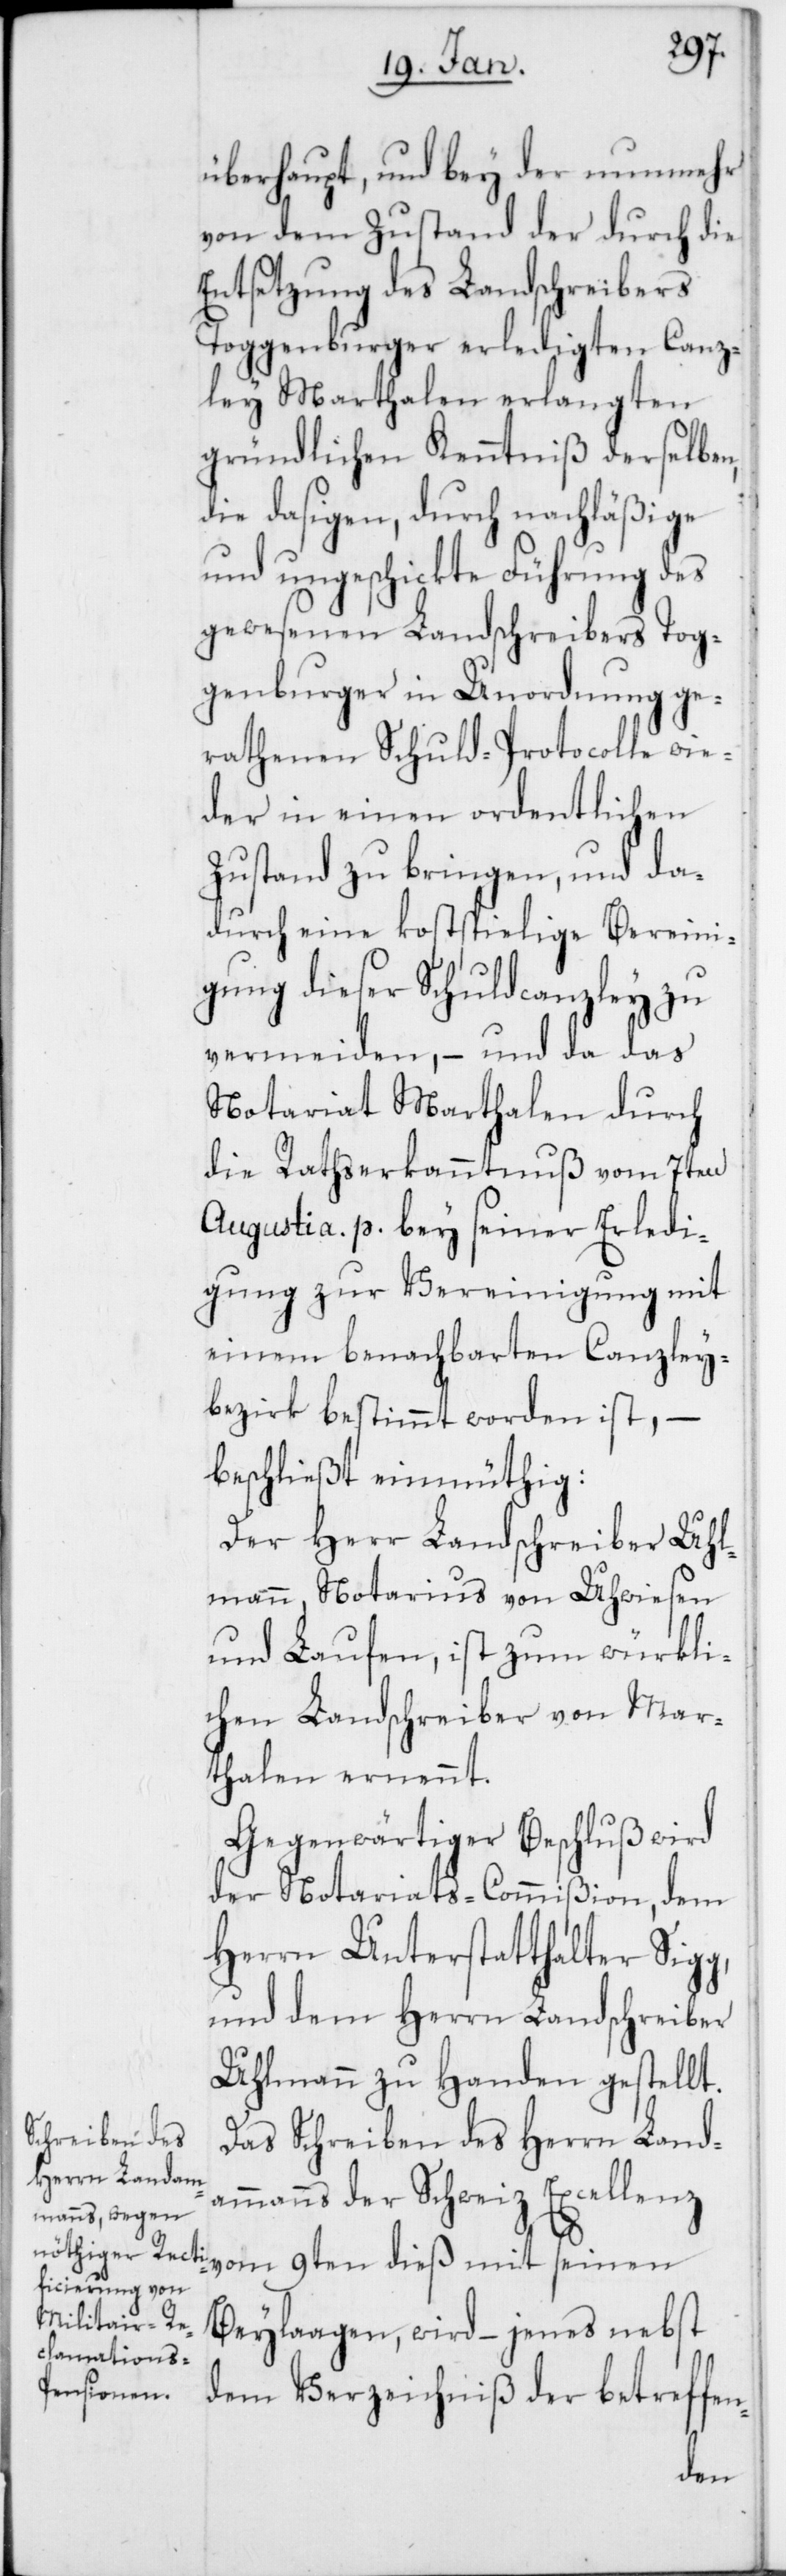
g,
überhaupt, und bey der nunmehr
von dem Zustand der durch die
Entsetzung des Landschreibers
Toggenburger erledigten Canz¬
ley Marthalen erlangten
gründlichen Kenntniß derselben,
die dasigen, durch nachläßige
und ungeschickte Führung des
gewesenen Landschreibers Tog¬
genburger in Unordnung ge¬
rathenen Schuld-Protocolle wie¬
der in einen ordentlichen
Zustand zu bringen, und da¬
durch eine kostspielige Vereini¬
gung dieser Schuldcanzley zu
vermeiden, – und da das
Notariat Marthalen durch
die Rathserkanntnuß vom 7ten
Augusti a. p. bey seiner Erledi¬
gung zur Vereinigung mit
einem benachbarten Canzley¬
bezirk bestimmt worden ist, –
beschließt einmüthig:
Der Herr Landschreiber Uhl¬
mann, Notarius von Uhwiesen
und Laufen, ist zum würkli¬
chen Landschreiber von Mar¬
thalen ernennt.
Gegenwärtiger Beschluß wird
der Notariats-Commißion, dem
Herren Unterstatthalter Sig¬
und dem Herren Landschreiber
Uhlmann zu Handen gestellt.
Das Schreiben des Herrn Land¬
ammanns der Schweiz Excellenz
Beylaagen, wird – jenes nebst
dem Verzeichniß der betreffe¬
n-